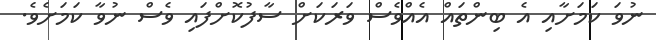
ނުވަ ކަމަށާއި އެ ބިންތައް އެއްވެސް ވަރަކަށް ސާފުކޮށްފައި ވެސް ނުވާ ކަމަށެވެ.